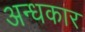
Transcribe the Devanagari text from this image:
अन्‍धकार